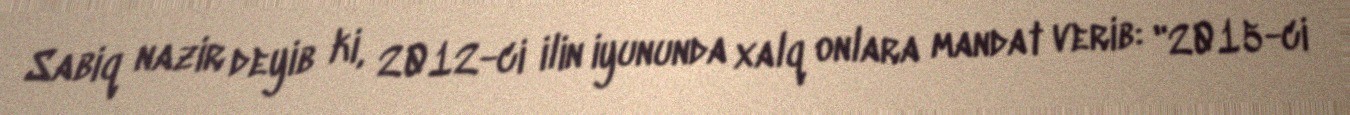
Sabiq nazir deyib ki, 2012-ci ilin iyununda xalq onlara mandat verib: "2015-ci